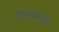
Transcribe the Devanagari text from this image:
टेकड्यांमधून